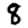
Digit: 8